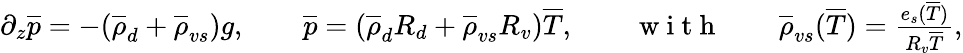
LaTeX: \begin{array}{r}{\partial_{z}\overline{{p}}=-(\overline{{\rho}}_{d}+\overline{{\rho}}_{vs})g,\qquad\overline{{p}}=(\overline{{\rho}}_{d}R_{d}+\overline{{\rho}}_{vs}R_{v})\overline{{T}},\qquad\mathrm{~w~i~t~h~}\qquad\overline{{\rho}}_{vs}(\overline{{T}})=\frac{e_{s}(\overline{{T}})}{R_{v}\overline{{T}}},}\end{array}